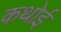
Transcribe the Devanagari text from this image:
कथोई